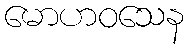
မောဟဝသေန